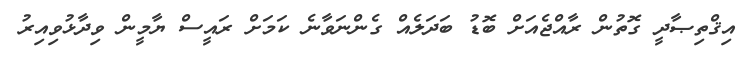
އިޤްތިޞާދީ ގޮތުން ރާއްޖެއަށް ބޮޑު ބަދަލެއް ގެންނަވާނެ ކަމަށް ރައީސް ޔާމީން ވިދާޅުވިއިރު